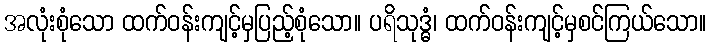
အလုံးစုံသော ထက်ဝန်းကျင့်မှပြည့်စုံသော။ ပရိသုဒ္ဓံ၊ ထက်ဝန်းကျင့်မှစင်ကြယ်သော။